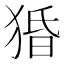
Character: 𰡙